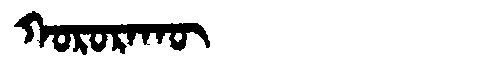
Manchu: ᡴᠣᡵᠣᡵᠠᡴᡡ
Romanization: KORORAKŪ